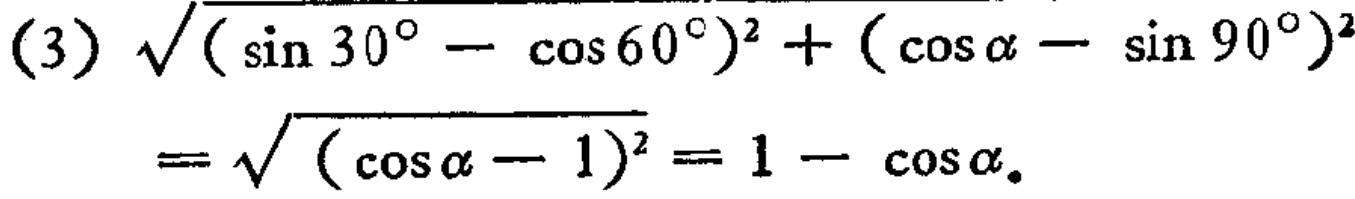
\[\begin{align*}
&(3)\sqrt{(\sin 30^{\circ}-\cos 60^{\circ})^{2}+(\cos\alpha - \sin 90^{\circ})^{2}}\\
&=\sqrt{(\cos\alpha - 1)^{2}} = 1 - \cos\alpha.
\end{align*}\]